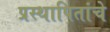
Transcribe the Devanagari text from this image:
प्रस्थापितांचे